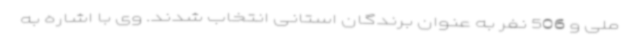
ملی و 506 نفر به عنوان برندگان استانی انتخاب شدند. وی با اشاره به